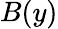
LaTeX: B(y)